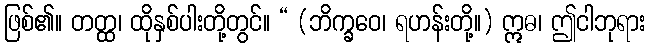
ဖြစ်၏။ တတ္ထ၊ ထိုနှစ်ပါးတို့တွင်။ “ (ဘိက္ခဝေ၊ ရဟန်းတို့။) ဣဓ၊ ဤငါဘုရား